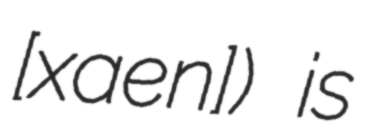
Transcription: [xaˈen]) is